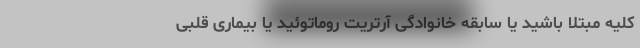
کلیه مبتلا باشید یا سابقه خانوادگی آرتریت روماتوئید یا بیماری قلبی